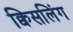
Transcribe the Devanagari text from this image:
क्विसलिंग